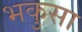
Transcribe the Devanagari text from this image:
भकुसा